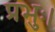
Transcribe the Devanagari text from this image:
प्रभुः।